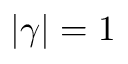
| \gamma | = 1